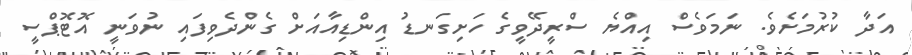
އަދާ ކުރުމަށެވެ. ނަމަވެސް އިއްޔެ ސްރީދޭވީގެ ހަށިގަނޑު އިންޑިއާއަށް ގެންދެވިފައި ނުވަނީ އޮޓޮޕްސީ